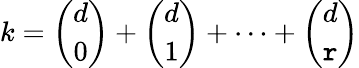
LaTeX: k={\binom{d}{0}}+{\binom{d}{1}}+\dots+{\binom{d}{\mathtt{r}}}